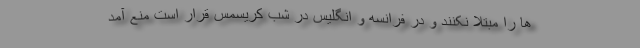
ها را مبتلا نکنند و در فرانسه و انگلیس در شب کریسمس قرار است منع آمد